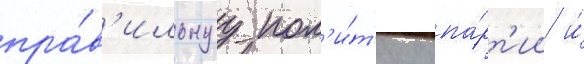
пра́в'ильнуу пол'и́т'ику па́рт'ии и́